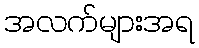
အလက်များအရ